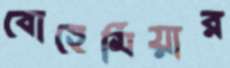
বোহেমিয়ার